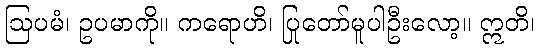
ဩပမံ၊ ဥပမာကို။ ကရောဟိ၊ ပြုတော်မူပါဦးလော့။ ဣတိ၊